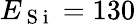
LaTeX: E_{\mathrm{~S~i~}}=130